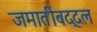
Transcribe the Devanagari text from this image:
जमातींबद्दल